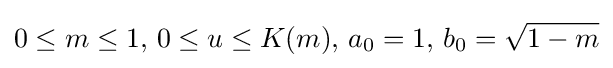
0\leq m\leq 1,\,0\leq u\leq K(m),\,a_{0}=1,\,b_{0}={\sqrt {1-m}}